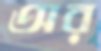
অর